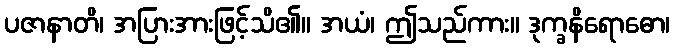
ပဇာနာတိ၊ အပြားအားဖြင့်သိ၏။ အယံ၊ ဤသည်ကား။ ဒုက္ခနိရောဓော၊